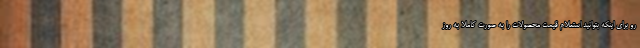
رو برای اینکه بتوانید استعلام قیمت محصولات را به صورت کاملا به روز